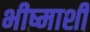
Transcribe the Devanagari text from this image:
भीष्माशी